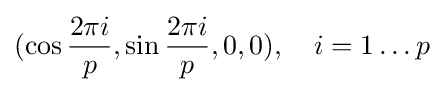
(\cos {\frac {2\pi i}{p}},\sin {\frac {2\pi i}{p}},0,0),\quad i=1\dots p